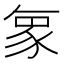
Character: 𮙝